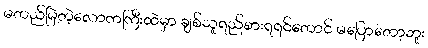
မတည်မြဲတဲ့လောကကြီးထဲမှာ ချစ်သူရည်စားရရင်တောင် မပြောတော့ဘူး